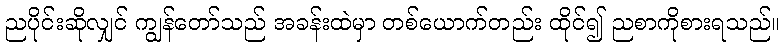
ညပိုင်းဆိုလျှင် ကျွန်တော်သည် အခန်းထဲမှာ တစ်ယောက်တည်း ထိုင်၍ ညစာကိုစားရသည်။